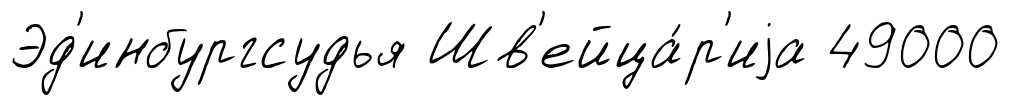
Эд'инбургсудья Шв'ейца́р'иjа 49000